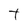
Character: t